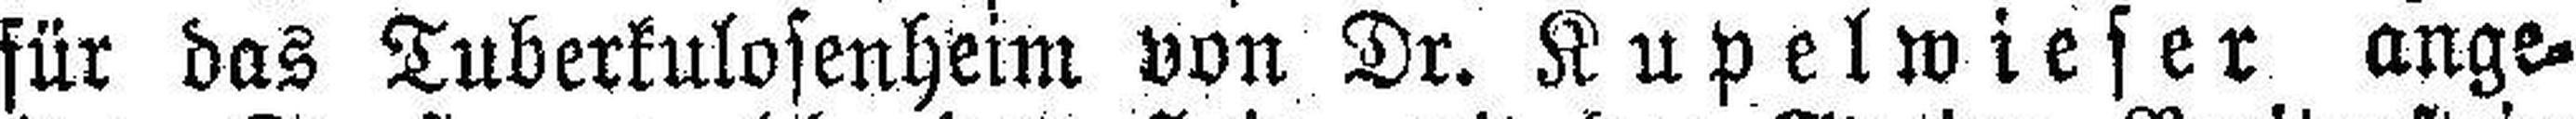
für das Tuberkulosenheim von Dr. Kupelwieser ange¬